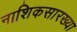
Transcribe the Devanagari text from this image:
नाशिकसारख्या